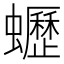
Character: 𧔝